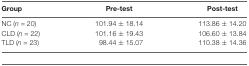
| Group | Pre-test | Post-test |
 | --- | --- | --- |
 | NC (n = 20) | 101.94 ± 18.14 | 113.86 ± 14.20 |
 | CLD (n = 22) | 101.16 ± 19.43 | 106.60 ± 13.84 |
 | TLD (n = 23) | 98.44 ± 15.07 | 110.38 ± 14.36 |